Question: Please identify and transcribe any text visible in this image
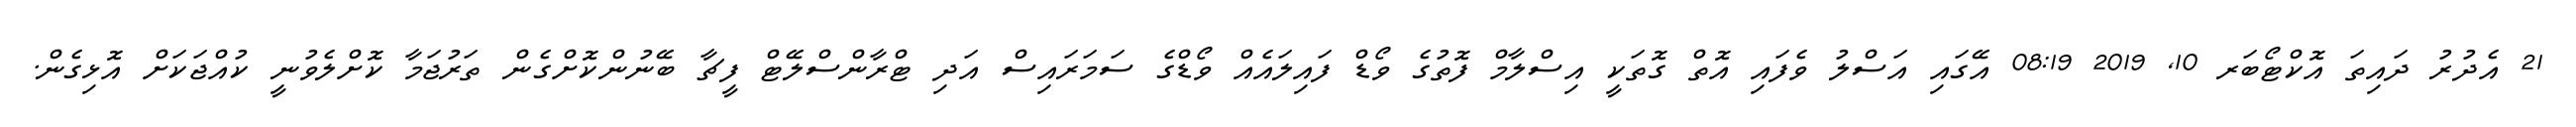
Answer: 21 އެދުރު ދައިތަ އޮކްޓޯބަރ 10, 2019 08:19 އޭގައި އަސްލު ވެފައި އޮތް ގޮތަކީ އިސްލާމް ފޮތުގެ ވޯޑް ފައިލައެއް ވޯޑްގެ ސަމަރައިސް އަދި ޓްރާންސްލޭޓް ފީޗާ ބޭނުންކޮށްގެން ތަރުޖަމާ ކޮށްލެވުނީ ކުއްޖަކަށް އޮޅިގެން.